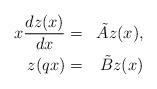
LaTeX: \begin{align*}\begin{aligned} x\frac{d z(x)}{d x} &= &{\tilde{A}}z(x), \\z(qx) &=&\tilde{B}z(x)\end{aligned} \end{align*}